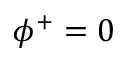
\phi ^ { + } = 0